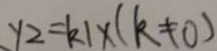
y 2 = k 1 \times ( k \neq 0 )